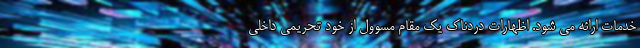
خدمات ارائه می شود. اظهارات دردناک یک مقام مسوول از خود تحریمی داخلی